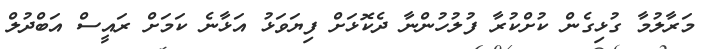
މަރާލުމާ ގުޅިގެން ކުށްކުރާ ފުލުހުންނާ ދެކޮޅަށް ފިޔަވަޅު އަޅާނެ ކަމަށް ރައީސް އަބްދުލް